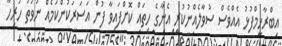
އިބްރާހީމްފުޅު އެއްވެސް ސުވާލެއްނުކުރީ އެނާގެ ހިތައް ކޮށްފައިވާ ފުން އަސަރަކުންކަމެއް ނުވަތަ ހުރިހާ